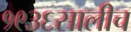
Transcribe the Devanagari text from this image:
१९३६सालीच